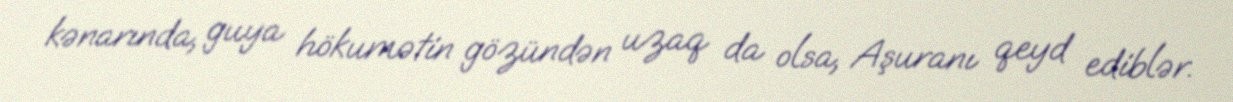
kənarında, guya hökumətin gözündən uzaq da olsa, Aşuranı qeyd ediblər.